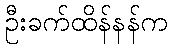
ဦးခက်ထိန်နန်က